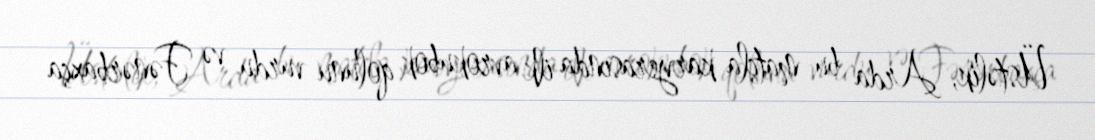
Üstəlik, Arda bu matçla karyerasında ilk avrokubok qolunu vurdu və Fənərbaxça